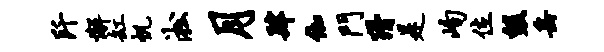
阡懈缸帆淞月肆伽门猾是峋位毁岳